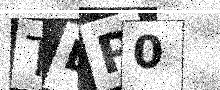
Text: TLP0